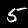
Label: 5